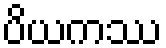
ပိယကဿ